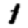
Digit: 1